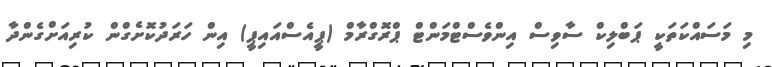
މި މަސައްކަތަކީ ޕަބްލިކް ސާވިސް އިންވެސްޓްމަންޓް ޕްރޮގްރާމް (ޕީއެސްއައިޕީ) އިން ހަރަދުކޮށެގްން ކުރިއަށްގެންދާ